Note on the mental hospitals in Burma - 1925-1940
Year: 1925
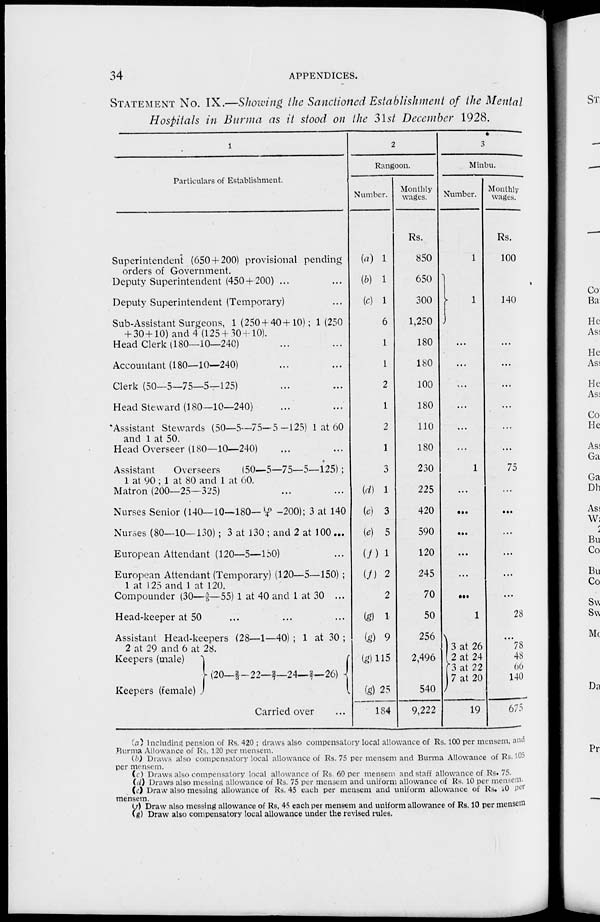
34
APPENDICES.
STATEMENT No. IX.—Showing the Sanctioned Establishment of the Mental
Hospitals in Burma as it stood on the 31st December 1928.
1
Particulars of Establishment.
Superintendent (650 + 200) provisional pending
orders of Government.
Deputy Superintendent (450 + 200) ...
Deputy Superintendent (Temporary)
Sub-Assistant Surgeons, 1 (2504 40 + 10); 1(250
+ 30+10) and 4(125 + 30+10).
Head Clerk (180—10—240) ... ...
Accountant (180—10—240) ... ...
Clerk (50—5—75—5—125) ... ...
Head Steward (180—10—240) ... ...
Assistant Stewards (50—5—75—5—125) 1 at 60
and 1 at 50.
Head Overseer (180—10—240) ... ...
Assistant
Overseers
(50—5—75—5—125);
1 at 90 ; 1 at 80 and 1 at 60.
Matron (200—25—325) ... ...
Nurses Senior (140—10—180—10/4 —200); 3 at 140
Nurses (80—10—130); 3 at 130 ; and 2 at 100...
European Attendant (120—5—150) ...
European Attendant (Temporary) (120—5—150) ;
1 at 125 and 1 at 120.
Compounder (30—2/3—55) 1 at 40 and 1 at 30 ...
Head-keeper at 50...
...
...
Assistant Head-keepers (28—1—40) ; 1 at 30 ;
2 at 29 and 6 at 28.
Keepers (male)
Keepers (female)
(20—2/3—22—2/7—24— 2/7—26)
Carried over ...
2
Rangoon.
Number.
(a) 1
(b) 1
(c) 1
6
1
1
2
1
2
1
3
(d) 1
(e) 3
(e) 5
(f) 1
(f) 2
2
(g) 1
(g) 9
(g)115
(g) 25
184
Monthly
wages.
Rs.
850
650
300
1,250
180
180
100
180
110
180
230
225
420
590
120
245
70
50
256
2,496
540
9,222
3
Minbu.
Number.
1
1
...
...
...
...
...
...
1
...
...
...
...
...
...
1
3 at 26
2 at 24
3 at 22
7 at 20
19
Monthly
wages.
Rs.
100
140
...
...
...
...
...
...
75
...
...
...
...
...
...
28
...
78
48
66
140
675
(a) Including pension of Rs. 420 ; draws also compensatory local allowance of Rs. 100 per mensem, and
Burma Allowance of Rs. 120 per mensem.
(b) Draws also compensatory local allowance of Rs. 75 per mensem and Burma Allowance of Rs. 105
per mensem.
(c) Draws also compensatory local allowance of Rs. 60 per mensem and staff allowance of Rs. 75.
(d) Draws also messing allowance of Rs. 75 per mensem and uniform allowance of Rs. 10 per mensem.
(e) Draw also messing allowance of Rs. 45 each per mensem and uniform allowance of Rs. 10 per
mensem.
(f) Draw also messing allowance of Rs. 45 each per mensem and uniform allowance of Rs. 10 per mensem
(g) Draw also compensatory local allowance under the revised rules.